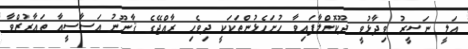
ޢަލީ ނަސީރު ވިދާޅުވީ ދޫކޮށްލާފައިވާ ހުށަހެޅުންތަކަކީ ދިވެހި ރާއްޖޭގެ ޤާނޫނު އަސާސީއާ ތަޢާރުޒްވާ